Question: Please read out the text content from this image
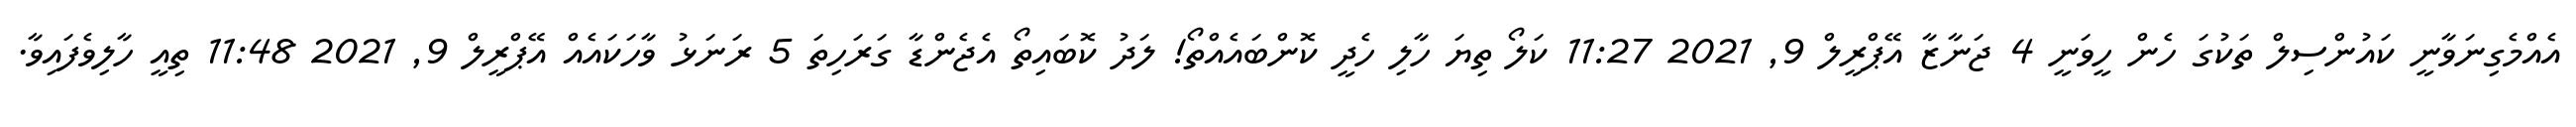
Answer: އެއްމެގިނަވާނީ ކައުންސިލް ތަކުގަ ހެން ހީވަނީ 4 ޖަނާޒާ އޭޕްރީލް 9, 2021 11:27 ކަލޯ ތިޔަ ހާލި ހެދީ ކޮންބައެއްތޯ! ލަދު ކޮބައިތޯ އެޖެންޑާ ގަރަހިތަ 5 ރަނަޅު ވާހަކައެއް އޭޕްރީލް 9, 2021 11:48 ތިއީ ހާލިވެފައިވާ.